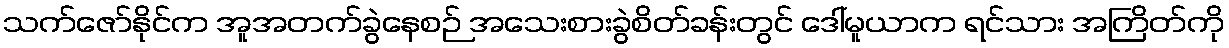
သက်ဇော်နိုင်က အူအတက်ခွဲနေစဉ် အသေးစားခွဲစိတ်ခန်းတွင် ဒေါ်မူယာက ရင်သား အကြိတ်ကို